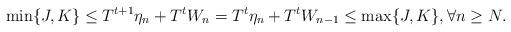
LaTeX: \begin{align*}\min\{J,K\} \le T^{t+1}\eta_n+T^tW_n =T^t\eta_n+T^tW_{n-1} \le \max\{J,K\},\forall n \ge N.\end{align*}